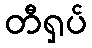
တီရှပ်